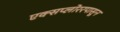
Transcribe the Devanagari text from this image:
एक्सप्लोररपासून